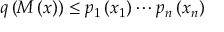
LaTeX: q \left( M \left( x \right) \right) \leq p _ { 1 } \left( x _ { 1 } \right) \cdots p _ { n } \left( x _ { n } \right)